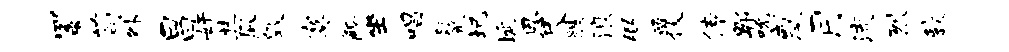
蜀苟外昌奸其瓜毁寞觚坐唱鬣圯埏恩尺艘浪弼覆传郫吮惑月流烈敦